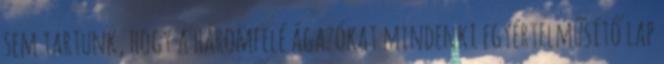
sem tartunk, hogy a háromfelé ágazókat mindenki egyértelműsítő lap